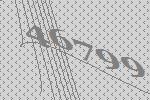
46799